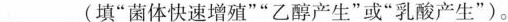
___(填”菌体快速增殖””乙醇产生”或”乳酸产生”)。